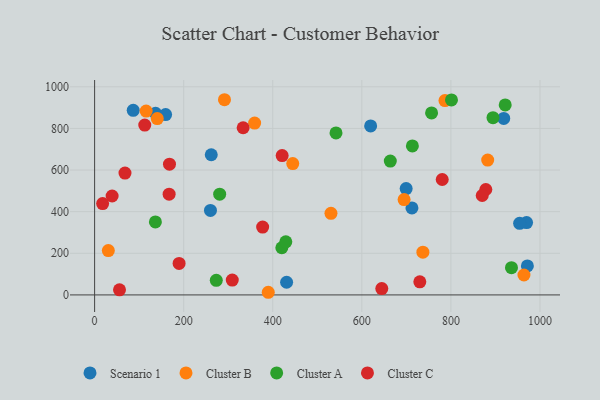
{"axis": {"x": "Engine Size", "y": "Fuel Efficiency"}, "legend": ["Cluster A", "Cluster B", "Cluster C", "Scenario 1"], "data": [{"x": "260.1", "y": 406.1, "type": "Scenario 1"}, {"x": "86.7", "y": 886.8, "type": "Scenario 1"}, {"x": "619.8", "y": 811.9, "type": "Scenario 1"}, {"x": "969.9", "y": 347.5, "type": "Scenario 1"}, {"x": "712.5", "y": 417.8, "type": "Scenario 1"}, {"x": "136.8", "y": 872.9, "type": "Scenario 1"}, {"x": "261.9", "y": 673.4, "type": "Scenario 1"}, {"x": "159.4", "y": 866.7, "type": "Scenario 1"}, {"x": "971.7", "y": 139.1, "type": "Scenario 1"}, {"x": "918.6", "y": 847.9, "type": "Scenario 1"}, {"x": "954.3", "y": 344.2, "type": "Scenario 1"}, {"x": "431.1", "y": 60.8, "type": "Scenario 1"}, {"x": "699.5", "y": 510.9, "type": "Scenario 1"}, {"x": "786.7", "y": 933.6, "type": "Cluster B"}, {"x": "964.0", "y": 95.8, "type": "Cluster B"}, {"x": "694.9", "y": 458.3, "type": "Cluster B"}, {"x": "444.9", "y": 631.2, "type": "Cluster B"}, {"x": "30.8", "y": 213.2, "type": "Cluster B"}, {"x": "737.1", "y": 205.3, "type": "Cluster B"}, {"x": "389.9", "y": 12.7, "type": "Cluster B"}, {"x": "115.7", "y": 883.4, "type": "Cluster B"}, {"x": "359.3", "y": 825.6, "type": "Cluster B"}, {"x": "530.7", "y": 392.2, "type": "Cluster B"}, {"x": "291.6", "y": 937.9, "type": "Cluster B"}, {"x": "882.6", "y": 647.8, "type": "Cluster B"}, {"x": "140.7", "y": 847.1, "type": "Cluster B"}, {"x": "663.9", "y": 643.0, "type": "Cluster A"}, {"x": "280.8", "y": 484.2, "type": "Cluster A"}, {"x": "420.3", "y": 226.7, "type": "Cluster A"}, {"x": "429.3", "y": 255.1, "type": "Cluster A"}, {"x": "801.3", "y": 936.9, "type": "Cluster A"}, {"x": "936.0", "y": 130.8, "type": "Cluster A"}, {"x": "894.5", "y": 851.5, "type": "Cluster A"}, {"x": "921.9", "y": 913.0, "type": "Cluster A"}, {"x": "713.5", "y": 716.0, "type": "Cluster A"}, {"x": "542.0", "y": 778.3, "type": "Cluster A"}, {"x": "273.2", "y": 69.9, "type": "Cluster A"}, {"x": "136.5", "y": 350.5, "type": "Cluster A"}, {"x": "756.6", "y": 874.6, "type": "Cluster A"}, {"x": "112.6", "y": 816.3, "type": "Cluster C"}, {"x": "189.7", "y": 151.5, "type": "Cluster C"}, {"x": "780.5", "y": 554.6, "type": "Cluster C"}, {"x": "168.1", "y": 628.0, "type": "Cluster C"}, {"x": "377.3", "y": 325.8, "type": "Cluster C"}, {"x": "55.9", "y": 24.6, "type": "Cluster C"}, {"x": "421.1", "y": 669.5, "type": "Cluster C"}, {"x": "730.2", "y": 62.7, "type": "Cluster C"}, {"x": "644.8", "y": 30.3, "type": "Cluster C"}, {"x": "333.5", "y": 803.2, "type": "Cluster C"}, {"x": "39.3", "y": 475.3, "type": "Cluster C"}, {"x": "167.3", "y": 483.9, "type": "Cluster C"}, {"x": "878.4", "y": 506.5, "type": "Cluster C"}, {"x": "18.0", "y": 438.9, "type": "Cluster C"}, {"x": "68.2", "y": 585.6, "type": "Cluster C"}, {"x": "870.3", "y": 477.6, "type": "Cluster C"}, {"x": "309.1", "y": 71.3, "type": "Cluster C"}]}